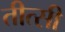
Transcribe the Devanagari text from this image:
तीत्सी